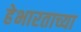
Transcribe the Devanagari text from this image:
हेभारताच्या